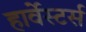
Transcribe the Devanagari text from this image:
हार्वेस्टर्स